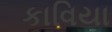
કાવિયા